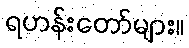
ရဟန်းတော်များ။